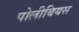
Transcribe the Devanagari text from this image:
पोलीबियस